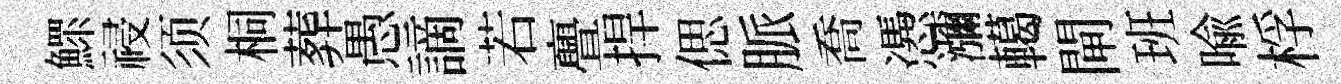
鰥祲须桐葬愚謫若亹捍偲脈喬慿瀰轕閘班喻桴